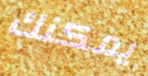
يمكنك